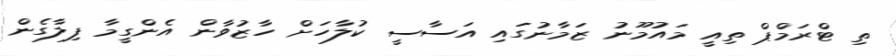
ތި ޓްރަމްޕް ތިއީ މައުމޫނު ޒަމާނުގައި އަސާސީ ކުލާހަށް ހާޒުވާން އެންގީމާ ފިލާގެން